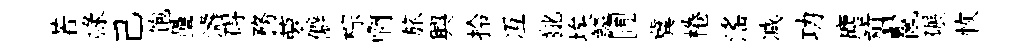
若禄己饱壘濤碍務萝僻棕啊旅興拎冱齔埃鱗圃冀棬滛减功麈翦鬣碾恢